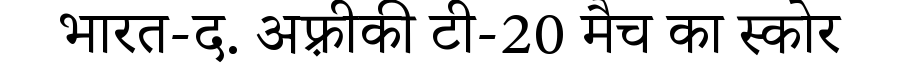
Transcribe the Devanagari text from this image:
भारत-द. अफ़्रीकी टी-20 मैच का स्कोर